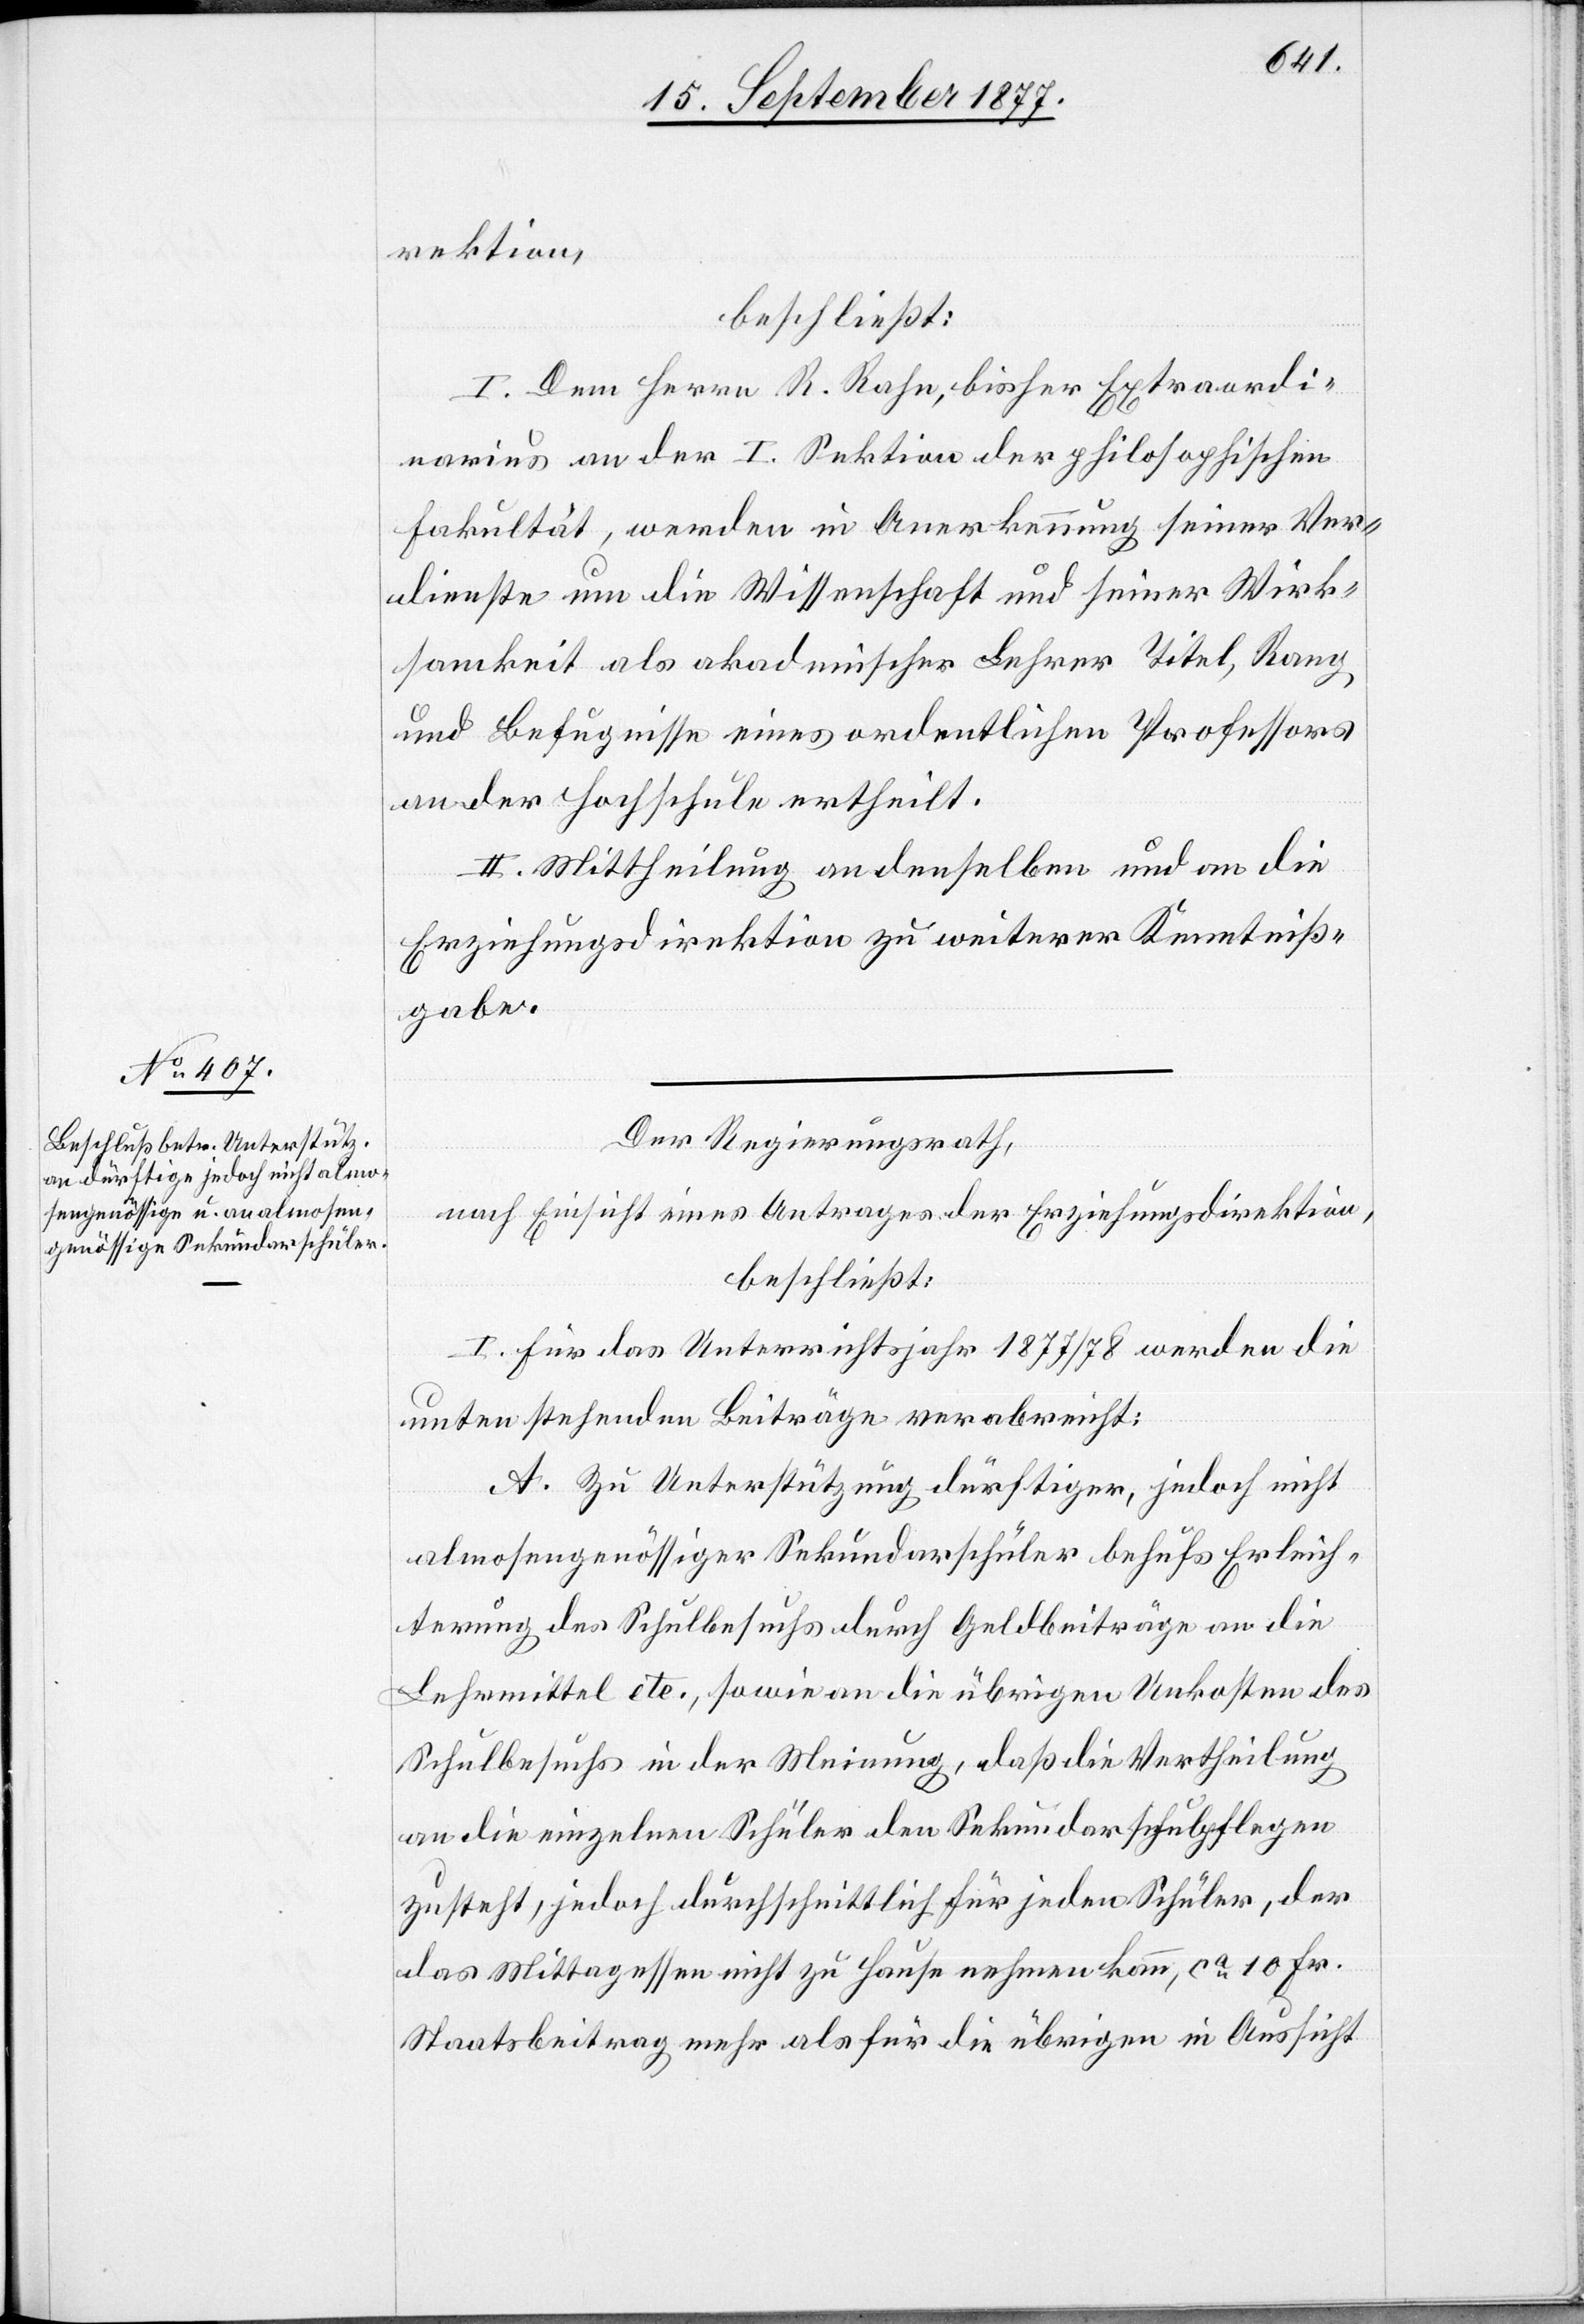
rektion,
beschließt:
I. Dem Herrn R. Rahn, bisher Extraordi¬
narius an der I. Sektion der philosophischen
Fakultät, werden in Anerkennung seiner Ver¬
dienste um die Wissenschaft und seiner Wirk¬
samkeit als akademischer Lehrer Titel, Rang
und Befugnisse eines ordentlichen Professors
an der Hochschule ertheilt.
II. Mittheilung an denselben und an die
Erziehungsdirektion zu weiterer Kenntniß¬
gabe.
Der Regierungsrath,
nach Einsicht eines Antrages der Erziehungsdirektion,
beschließt:
I. Für das Unterrichtsjahr 1877/78 werden die
unten stehenden Beiträge verabreicht:
A. Zu Unterstützung dürftiger, jedoch nicht
almosengenössiger Sekundarschüler behufs Erleich¬
terung des Schulbesuchs durch Geldbeiträge an die
Lehrmittel etc., sowie an die übrigen Unkosten des
Schulbesuchs in der Meinung, daß die Vertheilung
an die einzelnen Schüler den Sekundarschulpflegen
zusteht, jedoch durchschnittlich für jeden Schüler, der
das Mittagessen nicht zu Hause nehmen kann, ca 10 Fr.
Staatsbeitrag mehr als für die übrigen in Aussicht